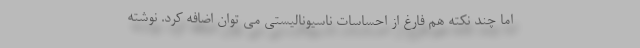
اما چند نکته هم فارغ از احساسات ناسیونالیستی می توان اضافه کرد. نوشته